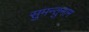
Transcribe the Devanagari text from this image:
सुमन्तुनाम